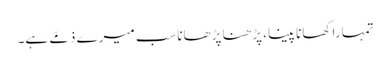
تمہارا کھانا پینا، پڑھنا پڑھاناسب میرے ذمّے ہے۔